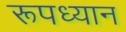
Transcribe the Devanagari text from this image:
रूपध्यान